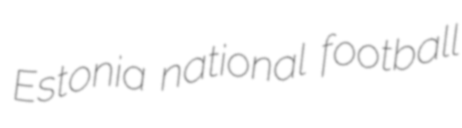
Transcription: Estonia national football